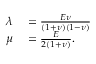
\begin{array} { r l } { \lambda } & { { } = \frac { E \nu } { ( 1 + \nu ) ( 1 - \nu ) } } \\ { \mu } & { { } = \frac { E } { 2 ( 1 + \nu ) } . } \end{array}